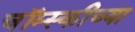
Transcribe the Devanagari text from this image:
चॉम्स्कीच्या